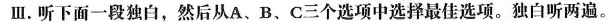
Ⅲ.听下面一段独白,然后从A、B、C三个选项中选择最佳选项.独白听两遍.